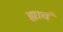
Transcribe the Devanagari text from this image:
ह्याचं